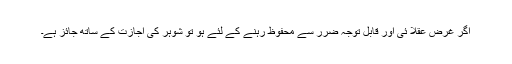
اگر غرض عقلا ئى اور قابل توجہ ضرر سے محفوظ رہنے کے لئے ہو تو شوہر کى اجازت کے ساتھ جائز ہے۔